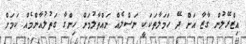
އިޒްރޭލުން ގާޒާ އަށް ދޭ ހަމަލާތަކަކީ ނަސްލެއް ނައްތާލުމަށް ހިންގާ ގަތުލުއާންމެއް ކަމަށް